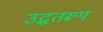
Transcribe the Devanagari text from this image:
उद्धतरूप